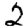
Digit: 2